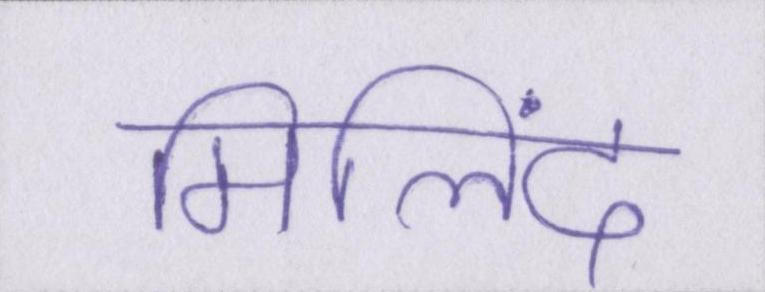
मिलिंद